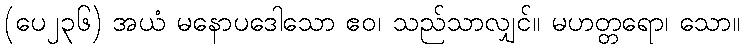
(ပေ၂၃၆) အယံ မနောပဒေါသော ဧဝ၊ သည်သာလျှင်။ မဟတ္တရော၊ သော။